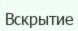
Вскрытие